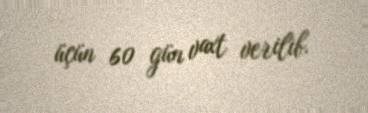
üçün 60 gün vaxt verilib.